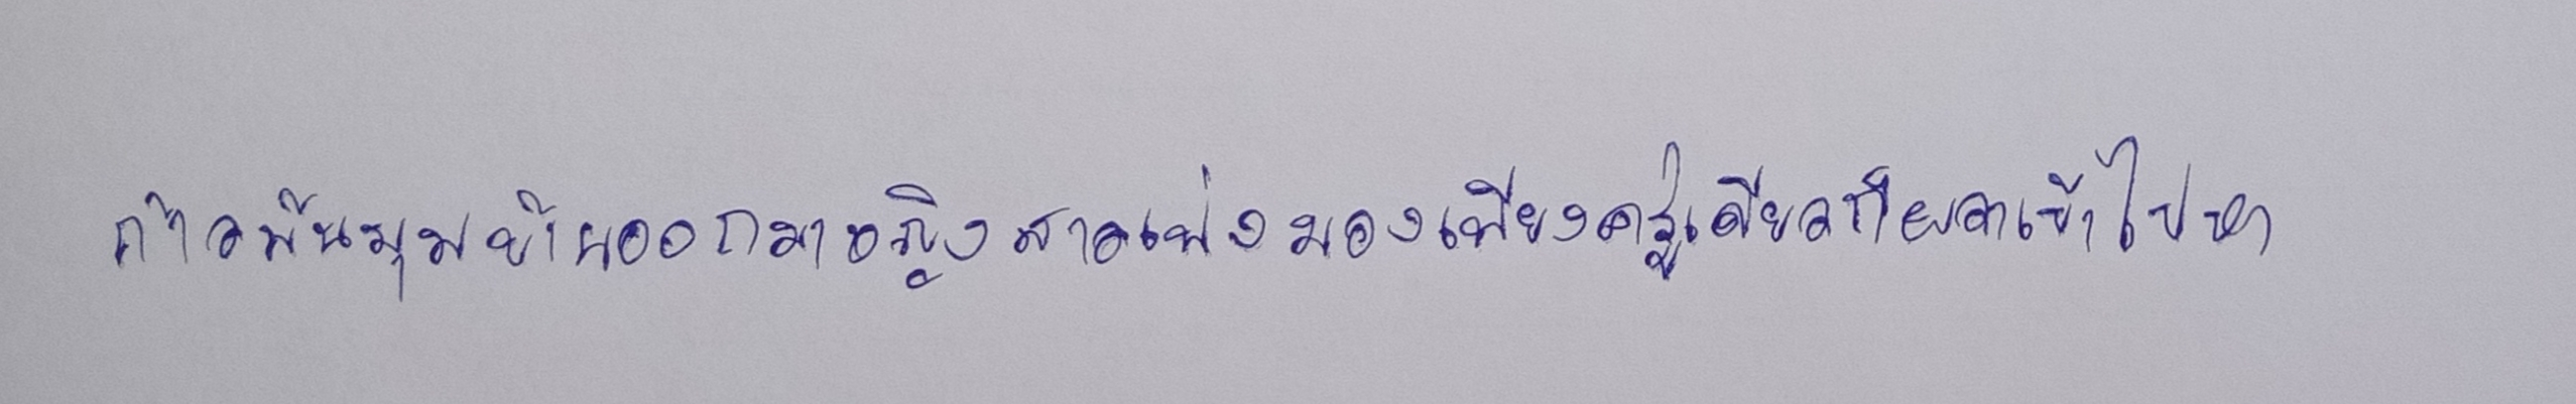
ก้าวพ้นมุมบ้านออกมาหญิงสาวเพ่งมองเพียงครู่เดียวก็ผวาเข้าไปหา